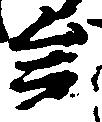
矣